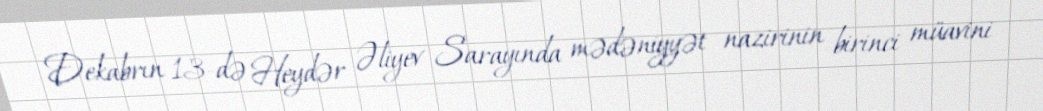
Dekabrın 13-də Heydər Əliyev Sarayında mədəniyyət nazirinin birinci müavini